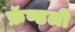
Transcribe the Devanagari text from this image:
फ्रॅण्डली